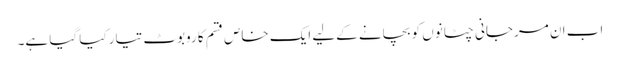
اب ان مرجانی چٹانوں کو بچانے کےلیے ایک خاص قسم کا روبوٹ تیار کیا گیا ہے۔